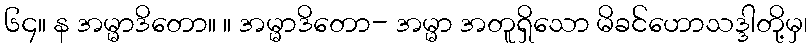
၆၄။ န အမ္မာဒိတော။ ။ အမ္မာဒိတော- အမ္မာ အတူရှိသော မိခင်ဟောသဒ္ဒါတို့မှ၊